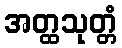
အတ္ထသုတ္တံ